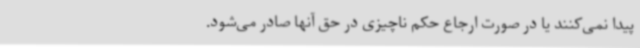
پیدا نمی‌کنند یا در صورت ارجاع حکم ناچیزی در حق آنها صادر می‌شود.